Maa-_ja_perenaiste_seltsid, lk 91
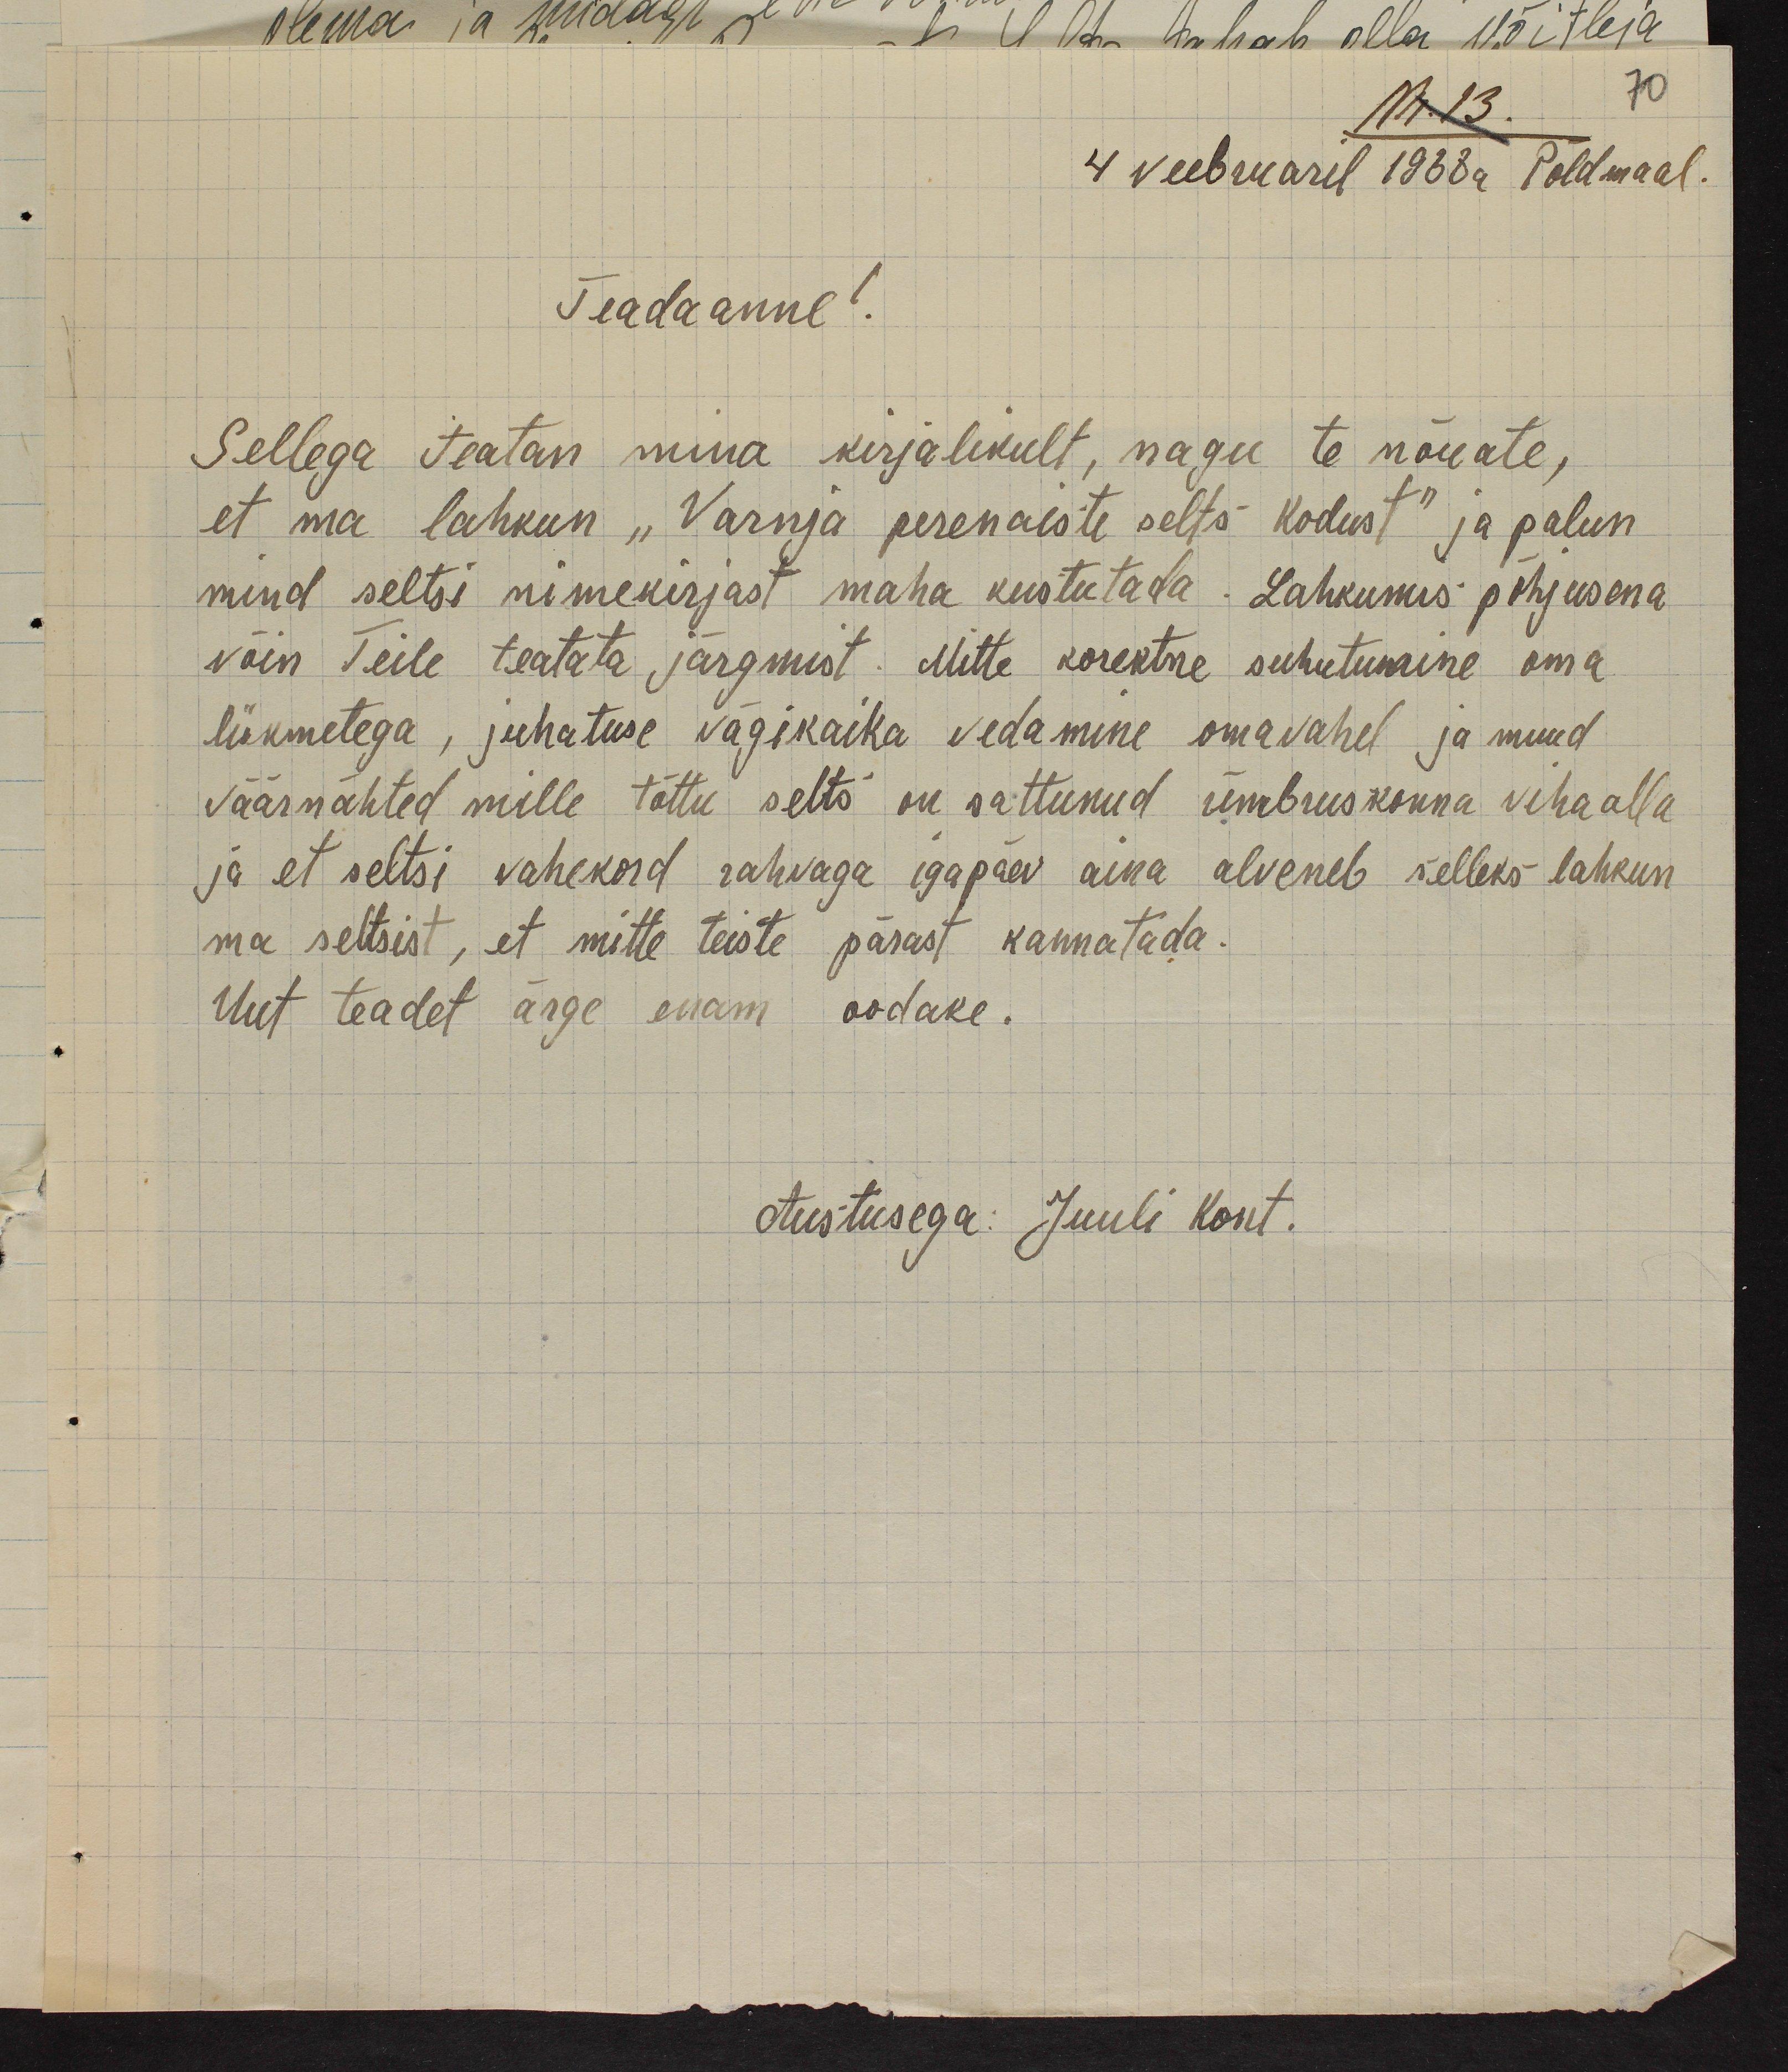
Nr. 13.
70
4 veebruaril 1938a Põldmaal.
Teadaanne!
Sellega teatan mina kirjalikult, nagu te nõuate,
et ma lahkun "Varnja perenaiste selts Kodust" ja palun
mind seltsi nimekirjast maha kustutada. Lahkumis põhjusena
võin Teile teatata järgmist. Mitte korektne suhutumine oma
liikmetega, juhatuse vägikaika vedamine omavahel ja muud
väärnähted mille tõttu selts on sattunud ümbruskonna viha alla
ja et seltsi vahekord rahvaga igapäev aina alveneb selleks lahkun
ma seltsist, et mitte teiste pärast kannatada.
Uut teadet ärge enam oodake.
Austusega: Juuli Kont.